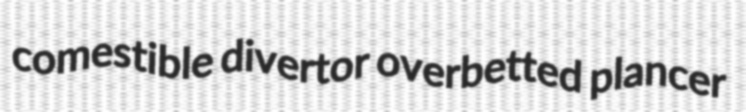
comestible divertor overbetted plancer